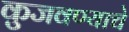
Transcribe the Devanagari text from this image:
कुजवण्याचे